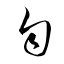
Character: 匀